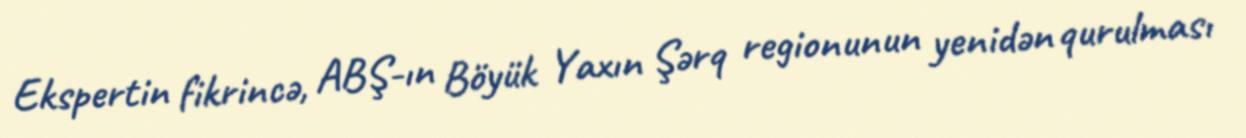
Ekspertin fikrincə, ABŞ-ın Böyük Yaxın Şərq regionunun yenidən qurulması